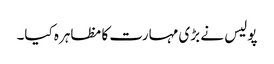
پولیس نے بڑی مہارت کا مظاہرہ کیا۔